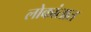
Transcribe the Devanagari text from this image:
लोकांतात